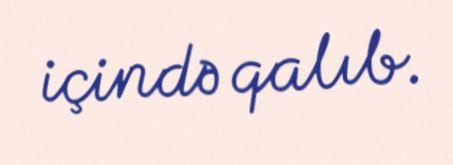
içində qalıb.